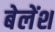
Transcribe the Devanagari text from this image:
बेलेंश